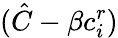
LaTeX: (\hat{C}-\beta c_{i}^{r})